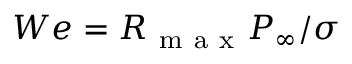
W e = R _ { \mathrm { ~ m ~ a ~ x ~ } } P _ { \infty } / \sigma